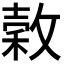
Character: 𭤄